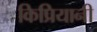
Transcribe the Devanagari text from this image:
किप्रियानी